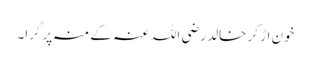
خون اڑ کر خالد رضی اللہ عنہ کے منہ پر گرا۔